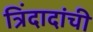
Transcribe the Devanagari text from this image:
त्रिंदादांची